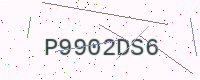
Text: P9902DS6